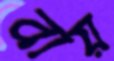
বায়